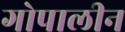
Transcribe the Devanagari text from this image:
गोपालीन